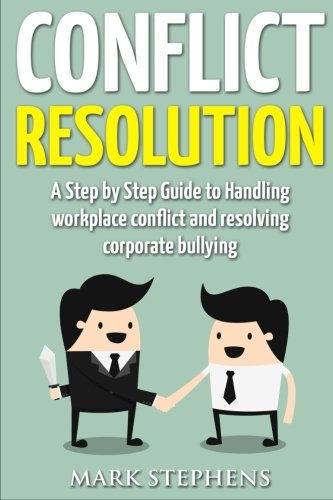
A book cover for Conflict Resolution: A 21 Point Step by Step Guide to Handling workplace conflict and resolving corporate bullying; Mark Stephens; Business & Money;